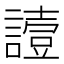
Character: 𧬇